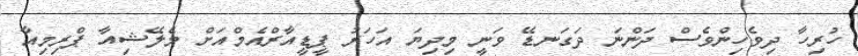
ހުރިހާ ދިވެހިންވެސް ދަންނަ ދަގަނޑޭ ވަނީ މިދިޔަ އަހަރު ޕީޑީއާރްއެމްއަށް މެލޭޝިއާ ޕްރިމިއާ